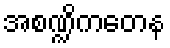
အစဏ္ဍိကတေန